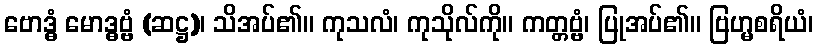
ဗောဒ္ဓံ မောဒ္ဓဗ္ဗံ (ဆဋ္ဌ)၊ သိအပ်၏။ ကုသလံ၊ ကုသိုလ်ကို။ ကတ္တဗ္ဗံ၊ ပြုအပ်၏။ ဗြဟ္မစရိယံ၊